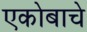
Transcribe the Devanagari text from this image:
एकोबाचे